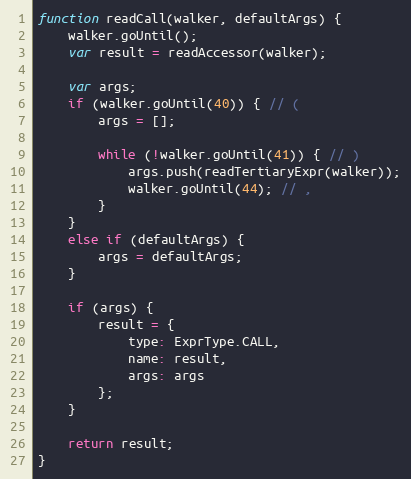
Language: JavaScript
function readCall(walker, defaultArgs) {
    walker.goUntil();
    var result = readAccessor(walker);

    var args;
    if (walker.goUntil(40)) { // (
        args = [];

        while (!walker.goUntil(41)) { // )
            args.push(readTertiaryExpr(walker));
            walker.goUntil(44); // ,
        }
    }
    else if (defaultArgs) {
        args = defaultArgs;
    }

    if (args) {
        result = {
            type: ExprType.CALL,
            name: result,
            args: args
        };
    }

    return result;
}